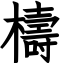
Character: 檮